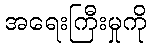
အရေးကြီးမှုကို